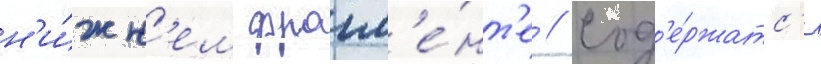
н'и́жн'ем фрагм'е́нт'е // Сод'е́ржатс'я